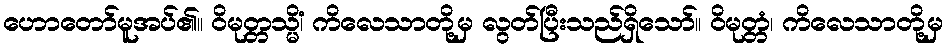
ဟောတော်မူအပ်၏။ ဝိမုတ္တသ္မိံ၊ ကိလေသာတို့မှ လွတ်ပြီးသည်ရှိသော်။ ဝိမုတ္တံ၊ ကိလေသာတို့မှ